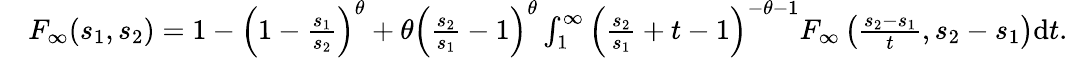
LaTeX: \begin{array}{rl}&{F_{\infty}(s_{1},s_{2})=1-\left(1-\frac{s_{1}}{s_{2}}\right)^{\theta}+\theta\left(\frac{s_{2}}{s_{1}}-1\right)^{\theta}\int_{1}^{\infty}\left(\frac{s_{2}}{s_{1}}+t-1\right)^{-\theta-1}F_{\infty}\left(\frac{s_{2}-s_{1}}{t},s_{2}-s_{1}\right)\mathrm{d}t.}\end{array}